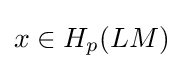
x\in H_{p}(LM)